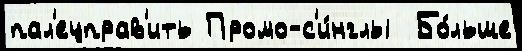
пал'ецправ'ить Промо-с'и́нглы  Бо́льше